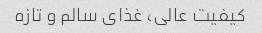
کیفیت عالی، غذای سالم و تازه